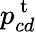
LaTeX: p_{cd}^{\mathrm{~t~}}